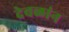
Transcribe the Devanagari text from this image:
देवळांन